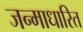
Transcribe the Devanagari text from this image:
जन्‍माधारित